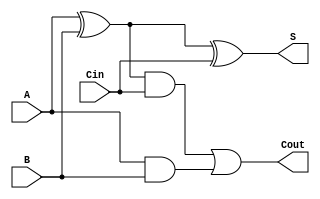
`timescale 1ns / 1ps
//////////////////////////////////////////////////////////////////////////////////
// Company: 
// Engineer: 
// 
// Design Name: 
// Module Name:    FULL_ADDER 
// Project Name: 
// Target Devices: 
// Tool versions: 
// Description: 
//
// Dependencies: 
//
// Revision: 
// Revision 0.01 - File Created
// Additional Comments: 
//

module FULL_ADDER(
    output S,
    output Cout,
    input A,
    input B,
    input Cin
    );
	 //3 local wires
	 wire w_xor, w_and_1, w_and_2;
	 
	 // Structural code
	 xor(w_xor, A, B);
	 xor(S, w_xor, Cin);
	 and(w_and_1, w_xor, Cin);
	 and(w_and_2, A, B);
	 or(Cout, w_and_1, w_and_2);
	 
	 //Behavorial code
	 //always @(A or B or C)
	 //begin
	 //S = A ^ B ^ C; 
	 //Cout = A&B | (A^B) & C;
	 //end
	 
endmodule